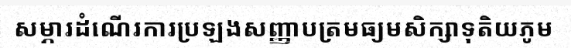
សម្ភារដំណើរការប្រឡងសញ្ញាបត្រមធ្យមសិក្សាទុតិយភូម